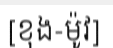
[ខុង-ម៉ូវ]